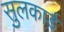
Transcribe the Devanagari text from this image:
सुलकार्ड